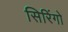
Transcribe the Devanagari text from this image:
सिरिंगो